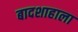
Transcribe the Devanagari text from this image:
बादशाहाला